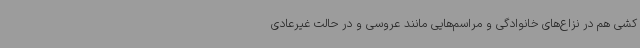
کشی هم در نزاع‌های خانوادگی و مراسم‌هایی مانند عروسی و در حالت غیرعادی